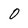
Character: O